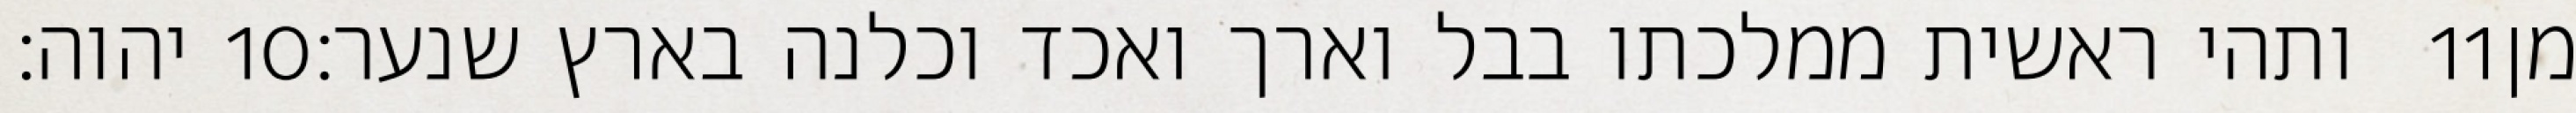
יהוה׃ ‎10‏ ותהי ראשית ממלכתו בבל וארך ואכד וכלנה בארץ שנער׃ ‎11‏ מן